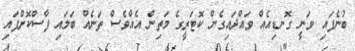
ބުނެފައި ވަނީ ގޮނޑިއެއް ވައްދައިގެން ކޮޓަރީގެ މަތިން އެއްވެސް ތަނެއް ބަލައި ފާސްކޮށްފައި